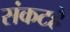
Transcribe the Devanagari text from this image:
संकटहै